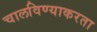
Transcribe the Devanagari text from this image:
चालविण्याकरता